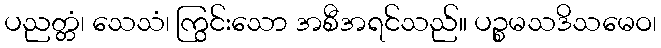
ပညတ္တံ၊ သေသံ၊ ကြွင်းသော အစီအရင်သည်။ ပဉ္စမသဒိသမေဝ၊